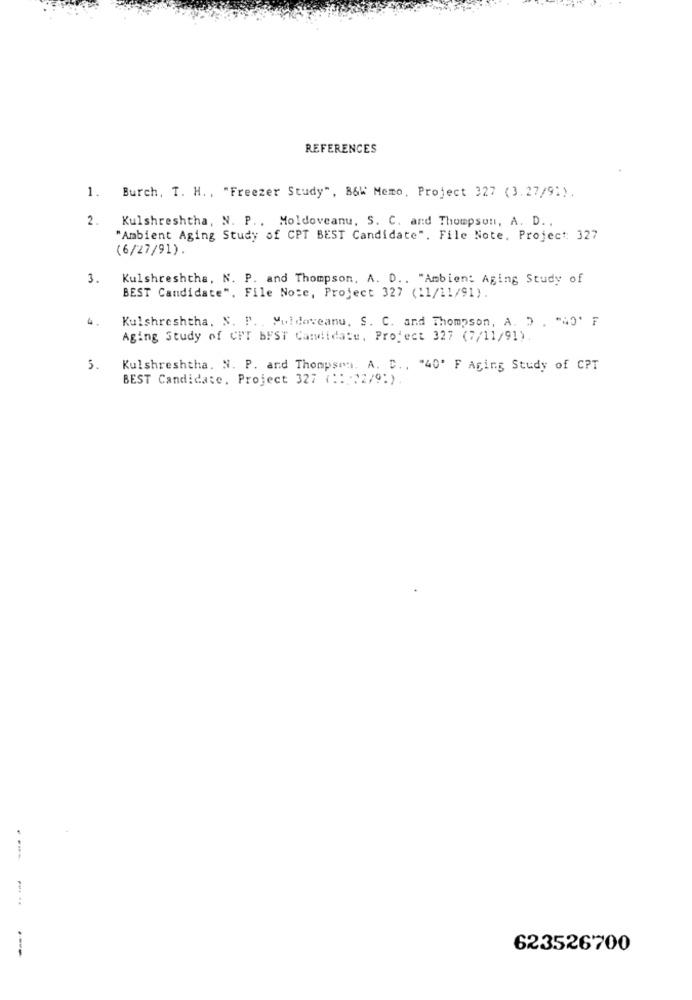
REFERENCES
1.
Burch, T. H. , "Freezer Study", B&W Memo, Project 327 (3.27/91).
2.
Kulshreshtha, N. P ., Moldoveanu, S. C. and Thompson, A. D. ,
"Ambient Aging Study of CPT BEST Candidate". File Note. Project: 327
(6/27/91).
3. Kulshreshtha, N. P. and Thompson, A. D .. "Ambient Aging Study of
BEST Candidate", File Note, Project 327 (11/11/91).
Kulshreshtha. N. P .. Muldoveanu, S. C. and Thompson, A. D . "NO' F
Aging Study of CPT BEST Candidate, Project 327 (7/11/91).
5.
Kulshreshtha. N. P. and Thompson. A. D ., "40' F Aging Study of CPT
BEST Candidate, Project 327 ( :: 22/9:)
--
623526700